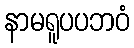
နာမရူပပဘဝံ